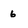
Character: 6